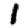
Digit: 1